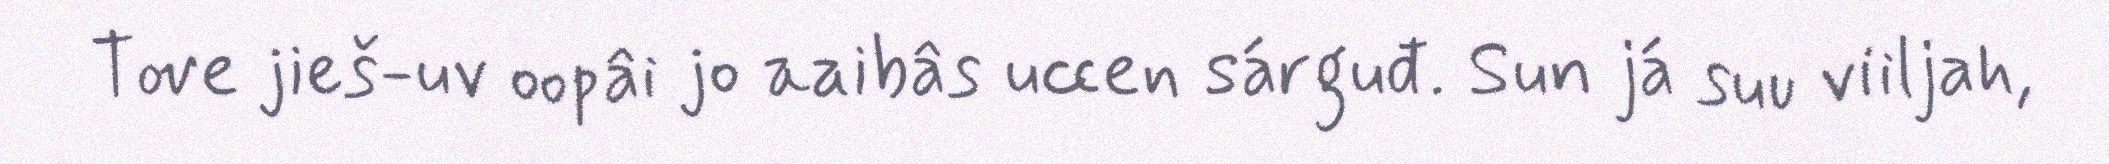
Tove jieš-uv oopâi jo aaibâs uccen sárguđ. Sun já suu viiljah,